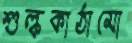
শুল্ককাঠামো